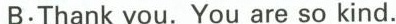
B:Thank you. You are so kind.